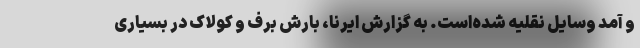
و آمد وسایل نقلیه‌ شده‌است. به گزارش ایرنا، بارش برف و کولاک در بسیاری